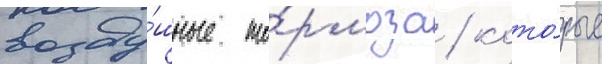
возду́шные то́рмоза / кото́рые